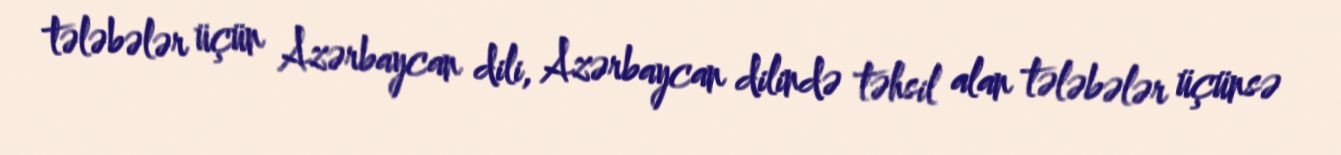
tələbələr üçün Azərbaycan dili, Azərbaycan dilində təhsil alan tələbələr üçünsə